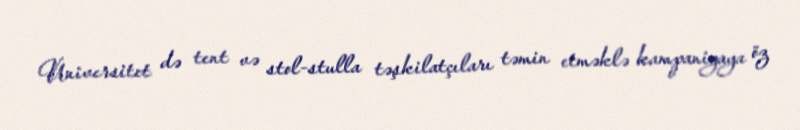
Universitet də tent və stol-stulla təşkilatçıları təmin etməklə kampaniyaya öz